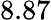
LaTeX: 8.87